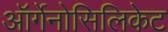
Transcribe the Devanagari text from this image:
ऑर्गेनोसिलिकेट